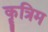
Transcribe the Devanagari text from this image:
कॄत्रिम